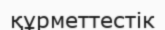
құрметтестік